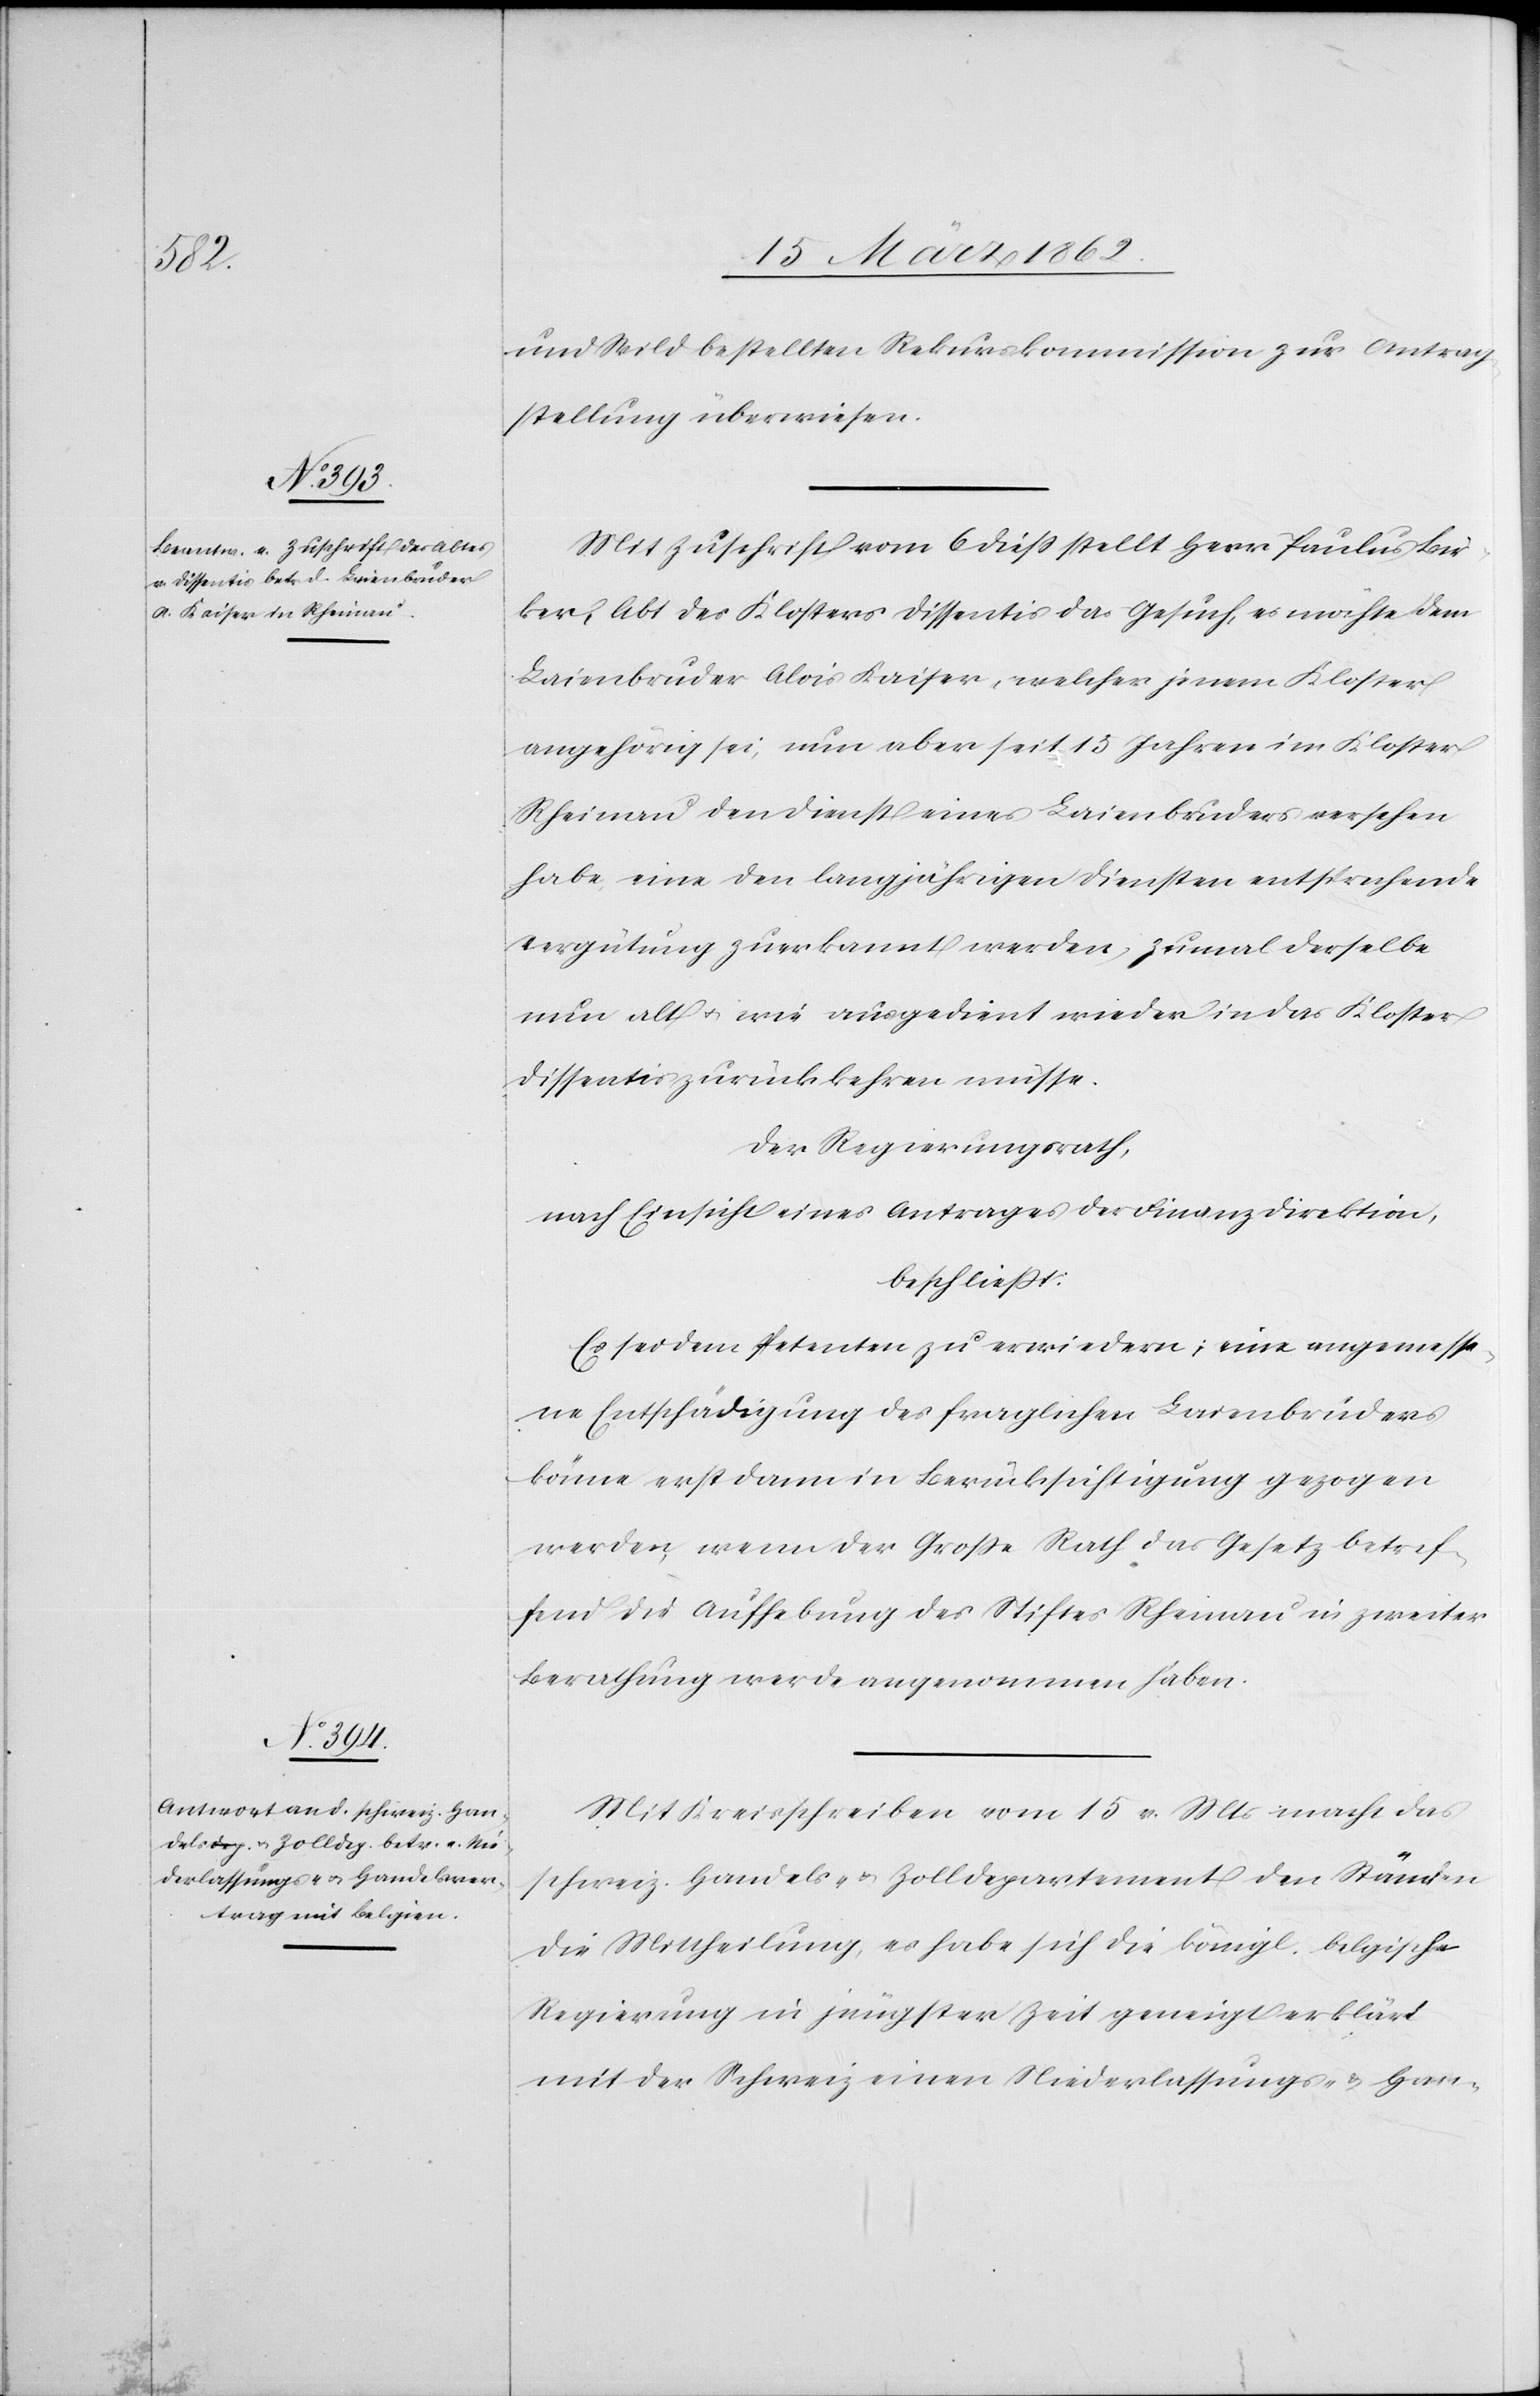
und Wild bestellten Rekurskommission zur Antrag¬
stellung überwiesen.
Mit Zuschrift vom 6 dieß stellt Herr Paulus Bie¬
ker, Abt des Klosters Dissentis das Gesuch, es möchte dem
Laienbruder Alois Kaiser, welcher jenem Kloster
angehörig sei, nun aber seit 15 Jahren im Kloster
Rheinau den Dienst eines Laienbruders versehen
habe, eine den langjährigen Diensten entsprechende
Vergütung zuerkannt werden, zumal derselbe
nun alt u. wie ausgedient wieder in das Kloster
Dissentis zurückkehren müsse.
Der Regierungsrath,
nach Einsicht eines Antrages der Finanzdirektion,
beschließt:
Es sei dem Petenten zu erwiedern: eine angemesse¬
ne Entschädigung des fraglichen Laienbruders
könne erst dann in Berücksichtigung gezogen
werden, wenn der Große Rath das Gesetz betref¬
fend die Aufhebung des Stiftes Rheinau in zweiter
Berathung werde angenommen haben.
Mit Kreisschreiben vom 15 v. Mts macht das
schweiz. Handels- u. Zolldepartement den Ständen
die Mittheilung, es habe sich die königl. belgische
Regierung in jüngster Zeit geneigt erklärt
mit der Schweiz einen Niederlassungs- & Han-